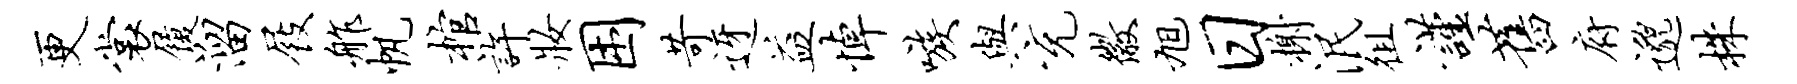
更裳履溜屐舴帆棺许妆困苛迓益悼嗾与充徽旭日榭泯徂谨旧府邈株